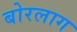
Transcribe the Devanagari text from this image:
बोरलाग